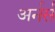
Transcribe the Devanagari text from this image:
अर्नर्स